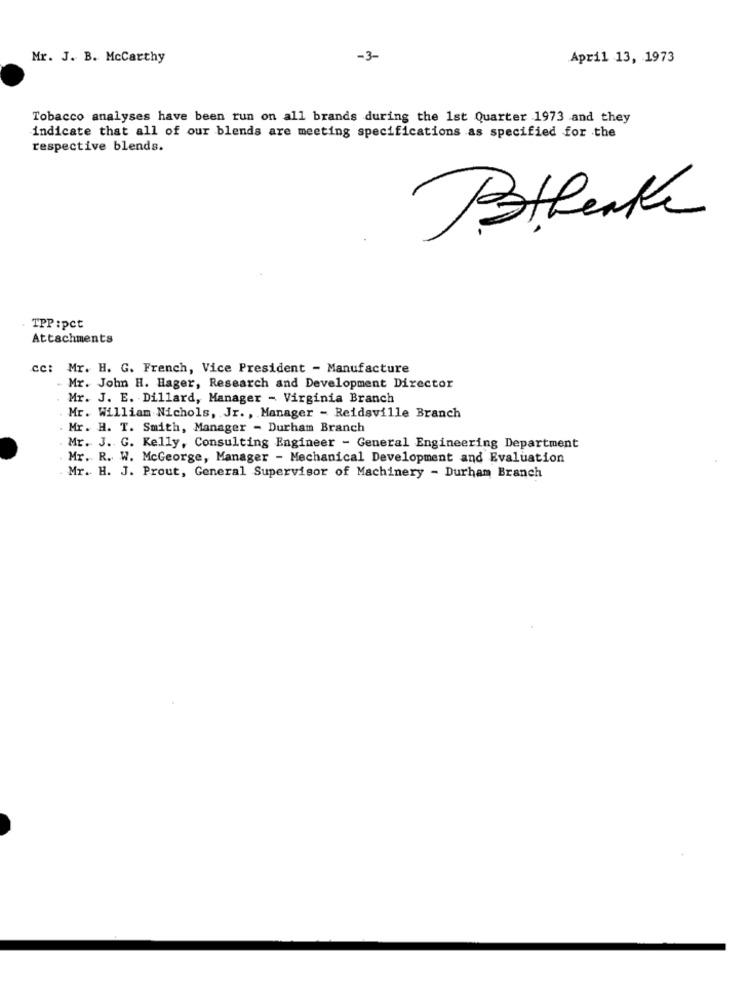
Mr. J. B. McCarthy
-3-
April 13, 1973
Tobacco analyses have been run on all brands during the 1st Quarter 1973 and they
indicate that all of our blends are meeting specifications as specified for the
respective blends.
Bthenk
TPP:pct
Attachments
cc: Mr. H. G. French, Vice President - Manufacture
Mr. John H. Hager, Research and Development Director
Mr. J. E. Dillard, Manager - Virginia Branch
Mr. William Nichols, Jr. , Manager - Reidsville Branch
. Mr. H. T. Smith, Manager - Durham Branch
Mr. J. G. Kelly, Consulting Engineer - General Engineering Department
Mr. R. W. McGeorge, Manager - Mechanical Development and Evaluation
Mr. H. J. Prout, General Supervisor of Machinery - Durham Branch